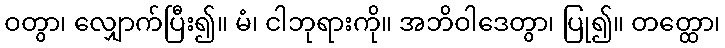
ဝတွာ၊ လျှောက်ပြီး၍။ မံ၊ ငါဘုရားကို။ အဘိဝါဒေတွာ၊ ပြု၍။ တတ္ထော၊